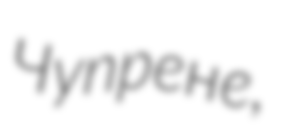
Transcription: Чупрене,